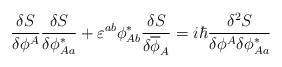
\begin{align*}\frac{\delta S}{\delta\phi^A}\frac{\delta S}{\delta\phi_{Aa}^\ast} + \varepsilon^{ab}\phi_{Ab}^\ast \frac{\delta S}{\delta\overline{\phi}_A}= i\hbar\frac{\delta^2S}{\delta\phi^A\delta\phi_{Aa}^\ast} \end{align*}